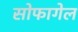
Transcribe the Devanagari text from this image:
सोफागेल